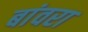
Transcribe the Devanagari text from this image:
बांवरा